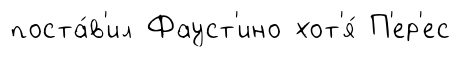
поста́в'ил Фауст'ино хот'я́ П'ер'ес